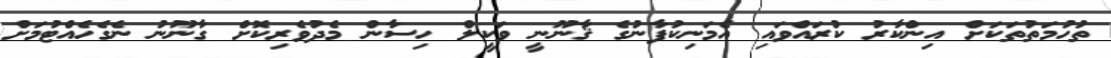
ތުހުމަތުތަކަށް އިންކާރު ކުރައްވައި އެމަނިކުފާނުގެ ޤާނޫނީ ވަކީލް ހިސާން މެދުވެރިކޮށް ގާނޫނު ނެގެހެއްޓުމަށް